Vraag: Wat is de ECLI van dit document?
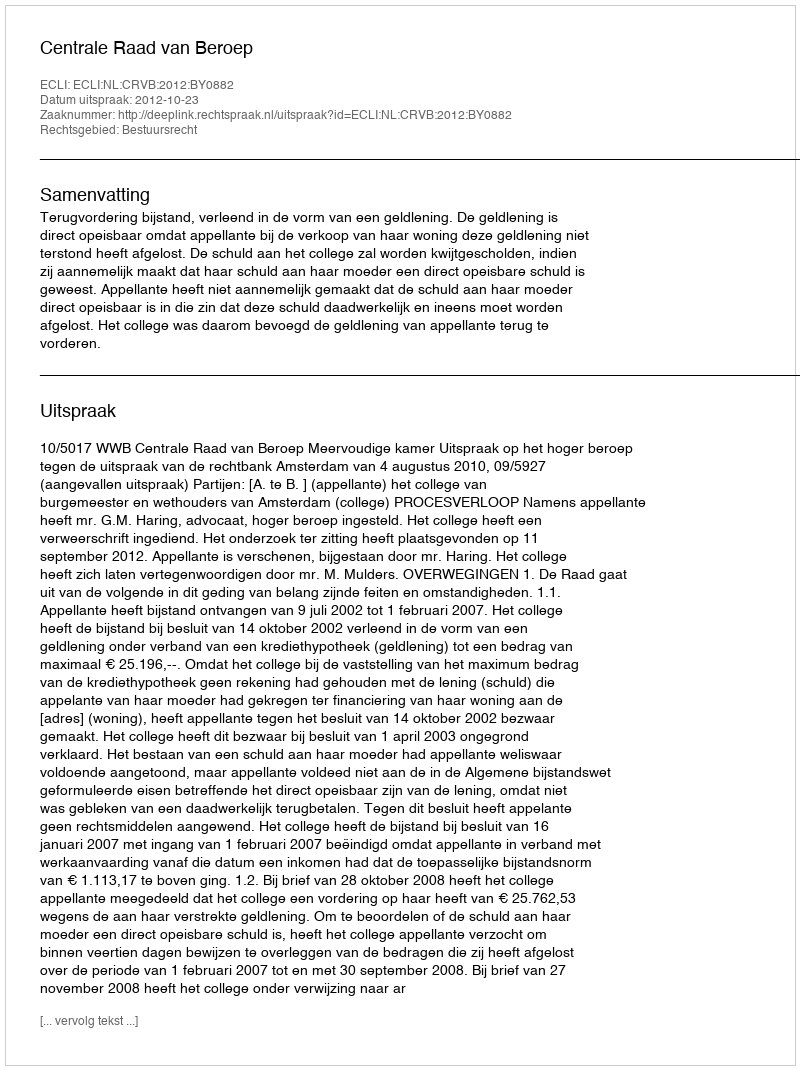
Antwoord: ECLI:NL:CRVB:2012:BY0882